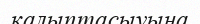
қалыптасыуына